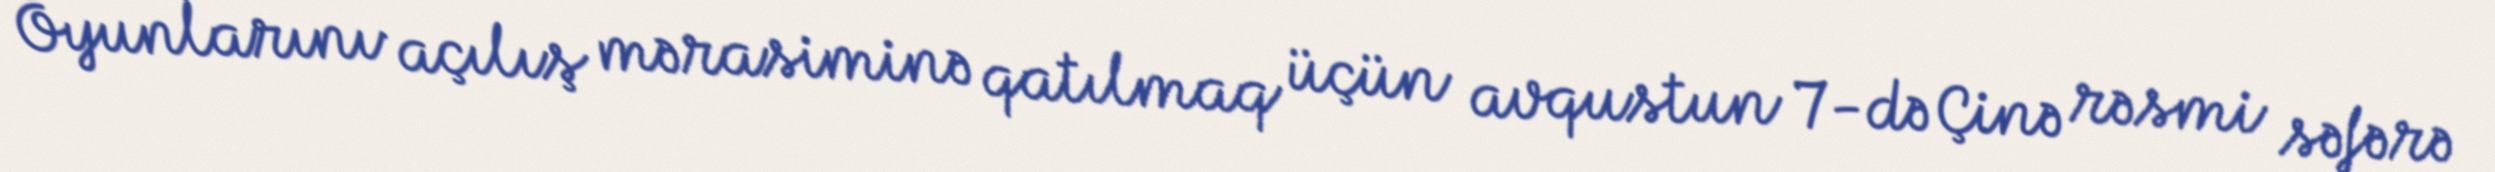
Oyunlarını açılış mərasiminə qatılmaq üçün avqustun 7-də Çinə rəsmi səfərə